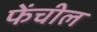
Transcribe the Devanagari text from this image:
फेंचील